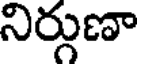
నిర్గుణా